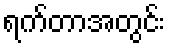
ရက်တာအတွင်း